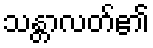
သန္တာလတ်၏